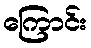
ကြောင်း